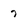
Character: 7